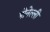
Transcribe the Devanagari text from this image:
डोनेल्ली